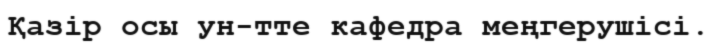
Қазір осы ун-тте кафедра меңгерушісі.